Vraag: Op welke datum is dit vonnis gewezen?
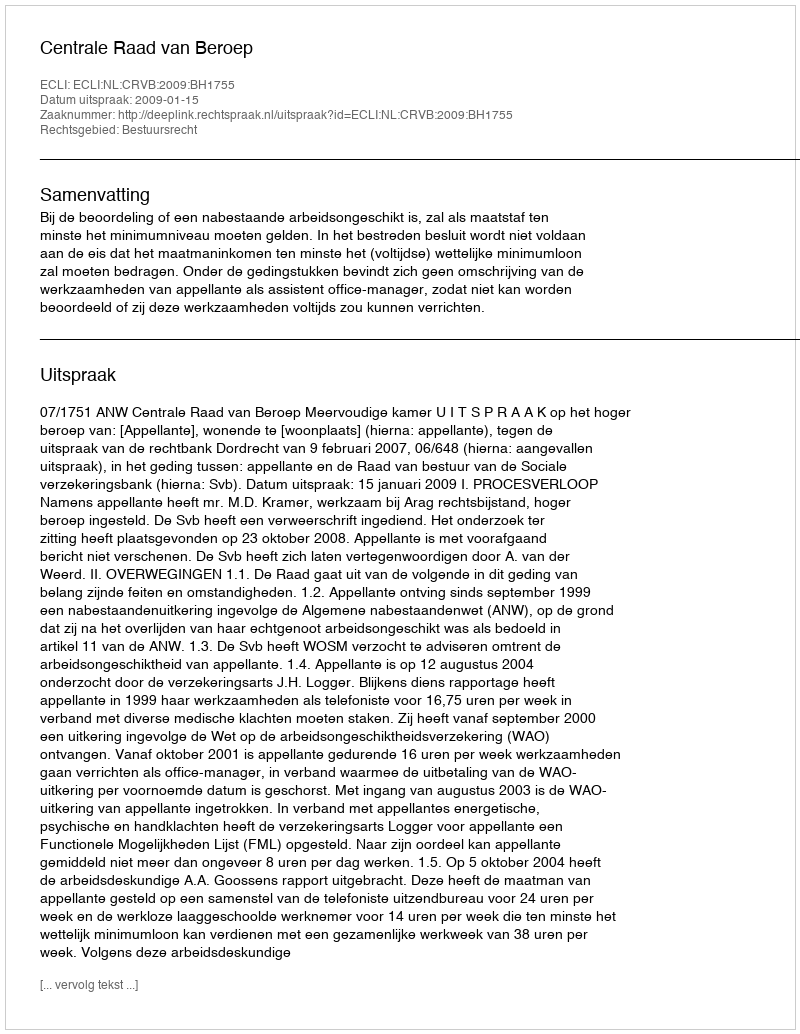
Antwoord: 2009-01-15